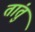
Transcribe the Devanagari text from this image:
तांतुं